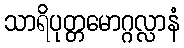
သာရိပုတ္တမောဂ္ဂလ္လာနံ